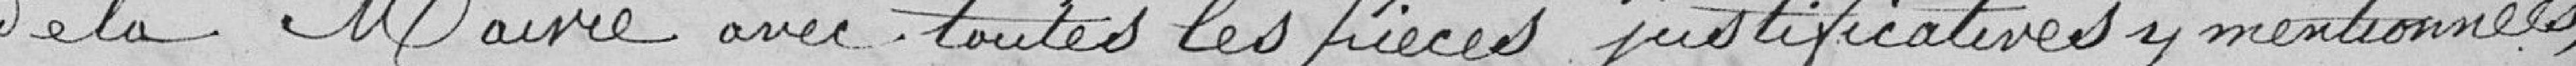
de la Mairie avec toutes les pièces justificatives y mentionnées